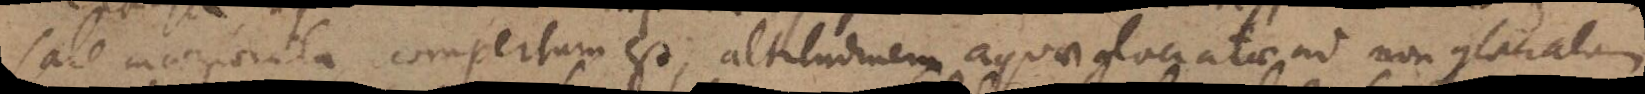
sale incorporata compertum est, altitudinem aquae glaciatae ad non glaciatam